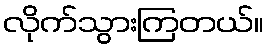
လိုက်သွားကြတယ်။